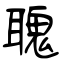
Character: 聭